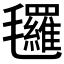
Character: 𣱀